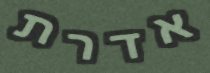
אדרת